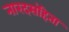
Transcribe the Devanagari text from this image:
नारदसंहिता